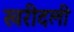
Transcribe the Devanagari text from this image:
खरीदली